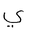
Letter: _ya